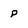
Character: p